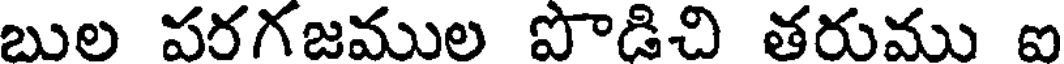
బుల పరగజముల పొడిచి తరుము ఐ